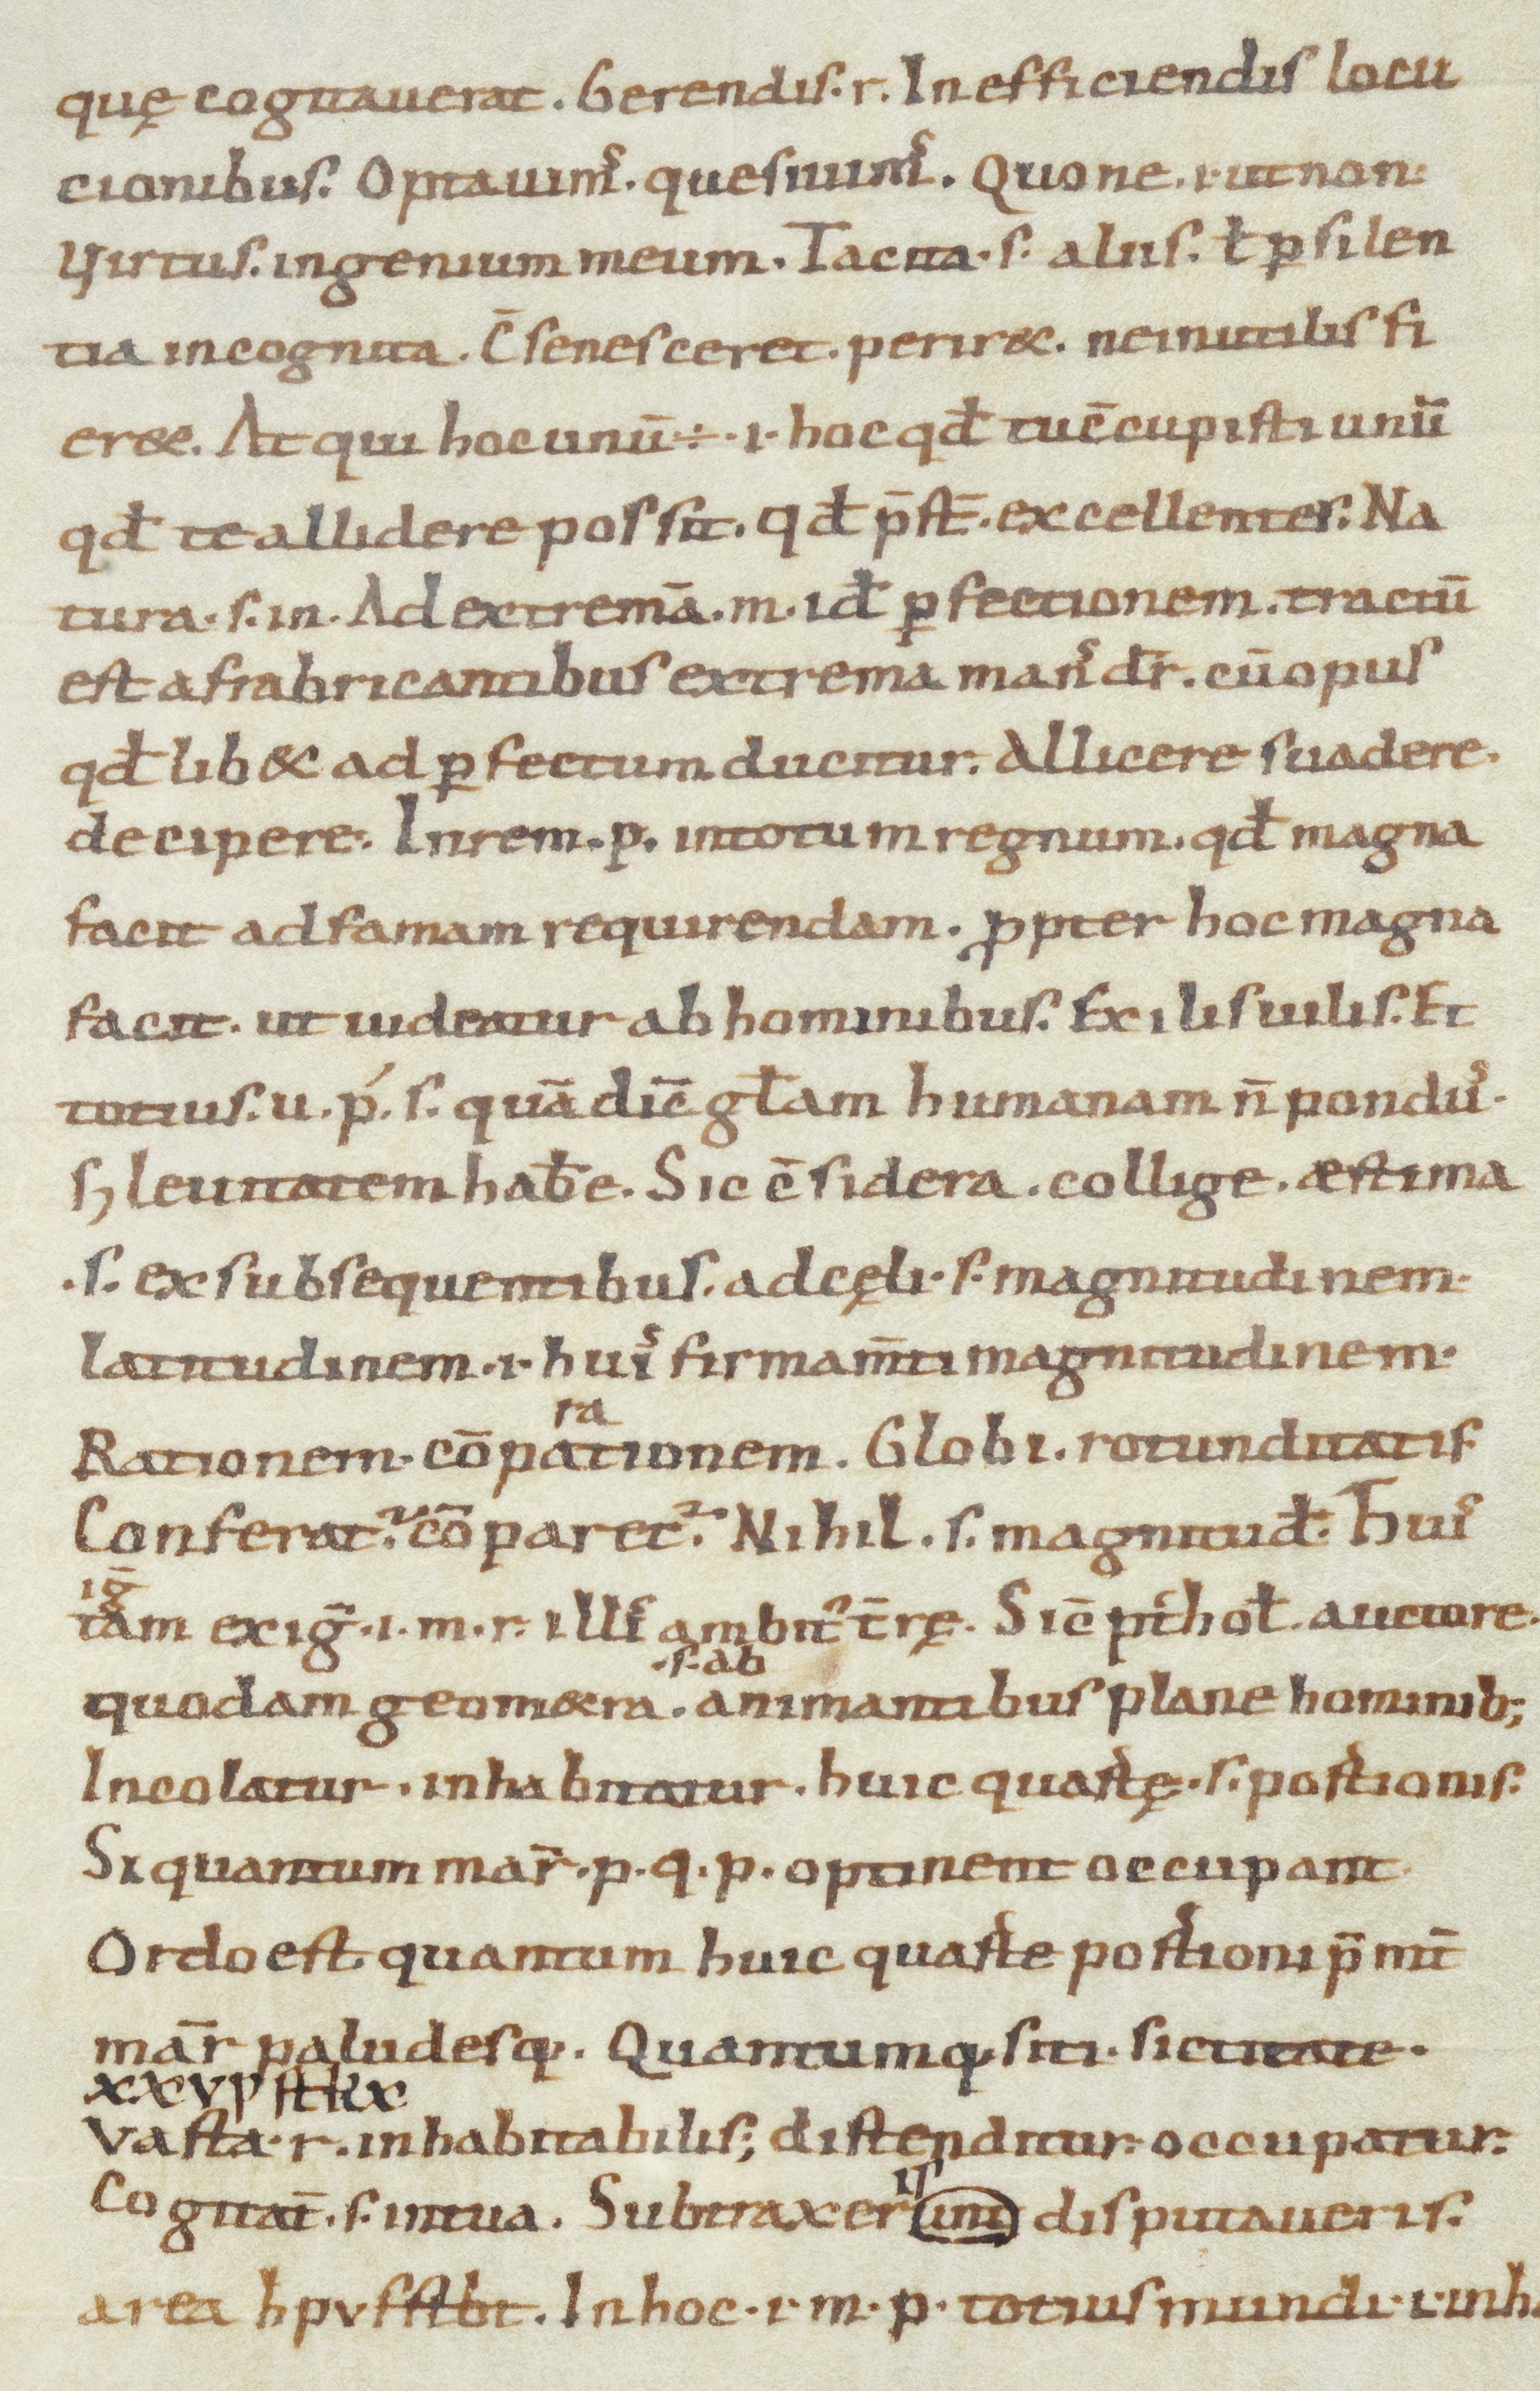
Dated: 900–999